画像に写った文字を読んでください
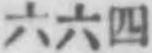
「六六四」と書いてあります